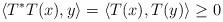
LaTeX: \begin{align*}\langle T^*T(x), y \rangle = \langle T(x), T(y) \rangle \ge 0\end{align*}